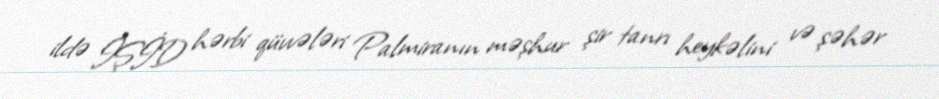
ildə İŞİD hərbi qüvvələri Palmiranın məşhur şir tanrı heykəlini və şəhər